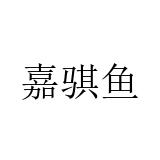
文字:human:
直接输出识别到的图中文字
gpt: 嘉骐鱼